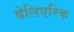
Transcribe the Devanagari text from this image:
बेलिएरिक